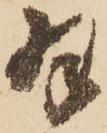
羽